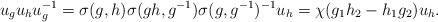
LaTeX: \begin{align*}u_gu_hu_g^{-1}=\sigma(g,h)\sigma(gh,g^{-1})\sigma(g,g^{-1})^{-1}u_h=\chi(g_1h_2-h_1g_2)u_h.\end{align*}